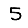
Digit: 5